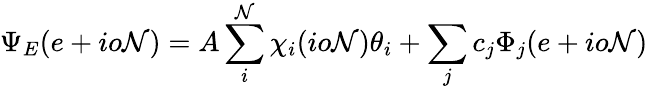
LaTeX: \Psi_{E}(e+io\mathcal{N})=A\sum_{i}^{\mathcal{N}}\chi_{i}(io\mathcal{N})\theta_{i}+\sum_{j}c_{j}\Phi_{j}(e+io\mathcal{N})